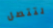
لتتصل